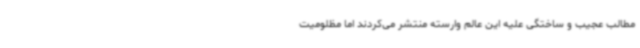
مطالب عجیب و ساختگی علیه این عالم وارسته منتشر می‌کردند اما مظلومیت